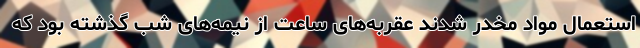
استعمال مواد مخدر شدند عقربه‌های ساعت از نیمه‌های شب گذشته بود که